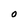
Character: O